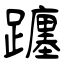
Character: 躔